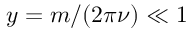
y = m / ( 2 \pi \nu ) \ll 1